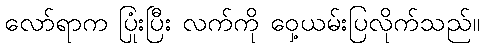
လော်ရာက ပြုံးပြီး လက်ကို ဝှေ့ယမ်းပြလိုက်သည်။